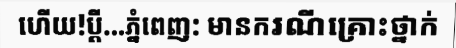
ហើយ!ប្តី...ភ្នំពេញ: មានករណីគ្រោះថ្នាក់